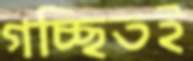
গচ্ছিতই